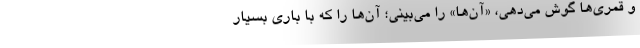
و قمری‌ها گوش می‌دهی، «آن‌ها» را می‌بینی؛ آن‌ها را که با باری بسیار